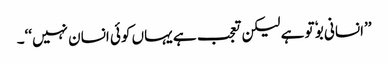
’’انسانی بوٗ تو ہے لیکن تعجب ہے یہاں کوئی انسان نہیں‘‘۔